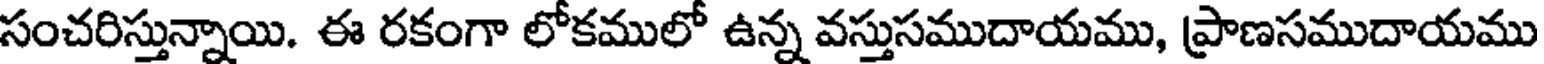
సంచరిస్తున్నాయి. ఈ రకంగా లోకములో ఉన్న వస్తుసముదాయము, ప్రాణసముదాయము